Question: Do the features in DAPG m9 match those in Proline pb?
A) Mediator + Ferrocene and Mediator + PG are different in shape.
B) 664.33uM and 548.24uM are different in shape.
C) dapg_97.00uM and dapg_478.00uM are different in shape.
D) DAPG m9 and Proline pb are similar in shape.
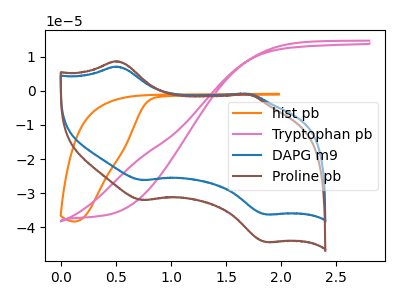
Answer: <think>The orange curve "hist pb" has no peaks. The pink curve "Tryptophan pb" has no peaks. The blue curve "DAPG m9" has anodic peaks at (0.50V, 7.10uA) (1.70V, -0.90uA) and cathodic peaks at (0.75V, -26.20uA) (1.85V, -36.25uA). The brown curve "Proline pb" has anodic peaks at (0.50V, 8.65uA) (1.70V, -1.05uA) and cathodic peaks at (0.75V, -32.05uA) (1.85V, -44.35uA).
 All the peaks in "DAPG m9" have a peak in "Proline pb" at the same potential.</think>
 <answer>D) "DAPG m9" and "Proline pb" are similar in shape.</answer>
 <eval>D</eval>